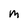
Character: M